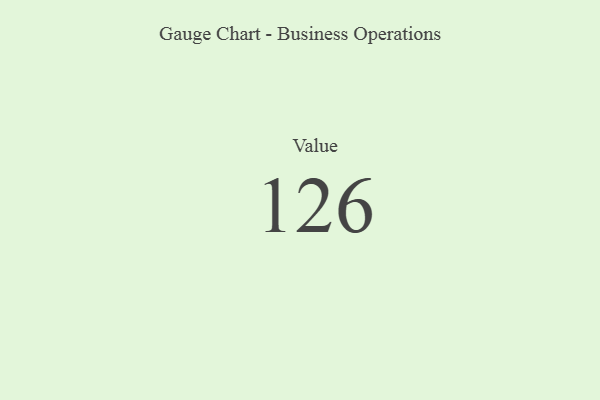
{"axis": {"x": "Metric", "y": "Value"}, "legend": [""], "data": [{"x": "Value", "y": 126, "type": ""}]}